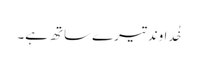
خُداوند تیرے ساتھ ہے۔